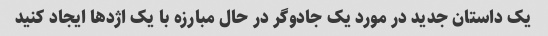
یک داستان جدید در مورد یک جادوگر در حال مبارزه با یک اژدها ایجاد کنید